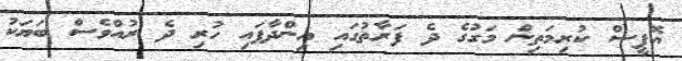
އޮފީސް ކުރިމަތިން މަގުގެ ދެ ފަރާތުގައި އިންދާފައި ހުރި ދެ ރުއްވެސް ބަޔަކު